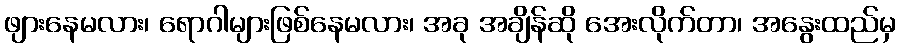
ဖျားနေမလား၊ ရောဂါများဖြစ်နေမလား၊ အခု အချိန်ဆို အေးလိုက်တာ၊ အနွေးထည်မှ